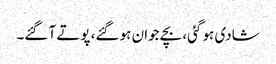
شادی ہو گئی، بچے جوان ہو گئے، پوتے آ گئے۔